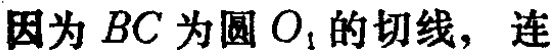
因为 \(BC\) 为圆 \(O_{1}\) 的切线，连